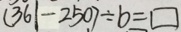
( 3 6 1 - 2 5 0 ) \div b = \square